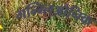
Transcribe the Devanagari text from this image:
गन्ग्लिओनिक